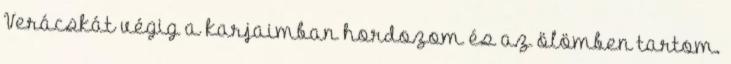
Verácskát végig a karjaimban hordozom és az ölömben tartom.